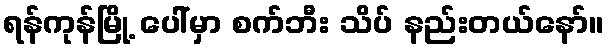
ရန်ကုန်မြို့ ပေါ်မှာ စက်ဘီး သိပ် နည်းတယ်နော်။